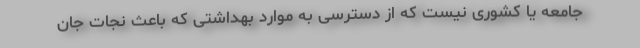
جامعه یا کشوری نیست که از دسترسی به موارد بهداشتی که باعث نجات جان